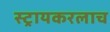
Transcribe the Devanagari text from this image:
स्ट्रायकरलाच